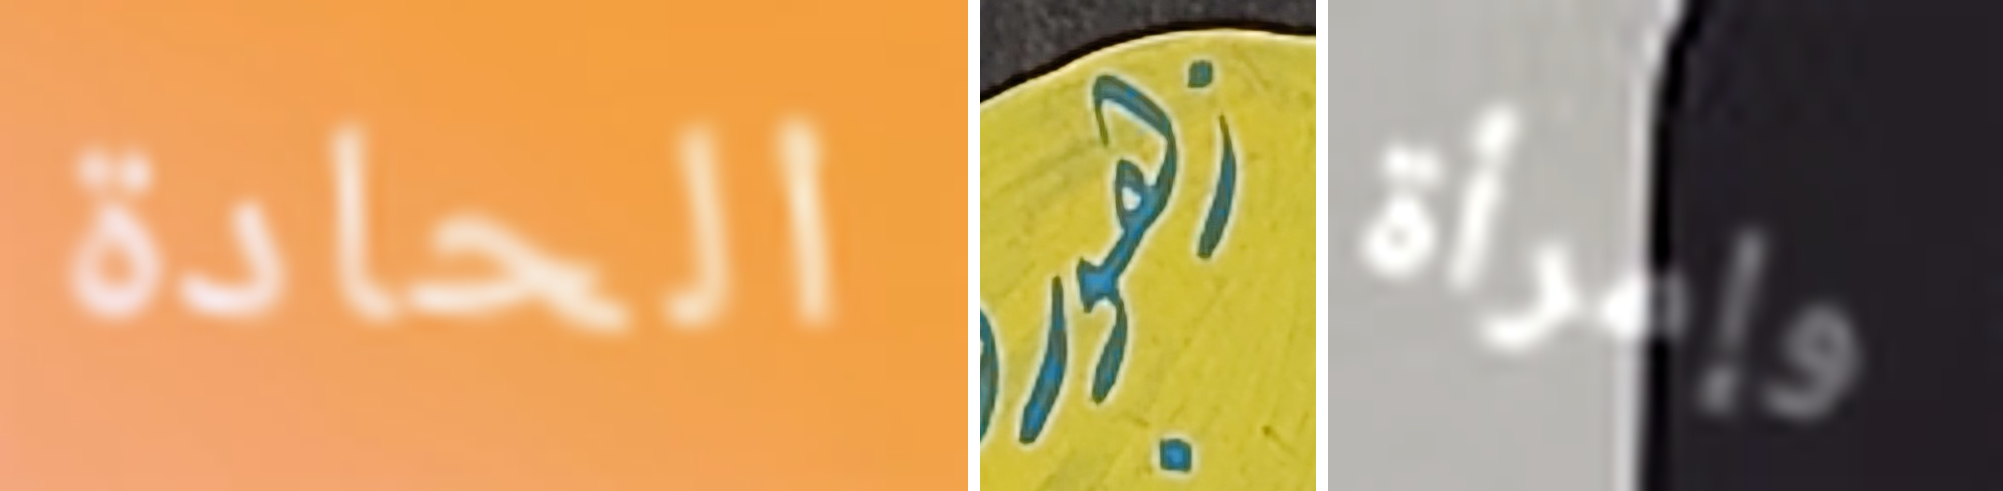
الحادة زهور وإمرأة